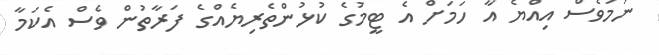
ނަމަވެސް އިއްޔެ އާ ހަމަށް އެ ޓީމުގެ ކުޅުންތެރިޔެއްގެ ފަރާތުން ވެސް އެކަމާ